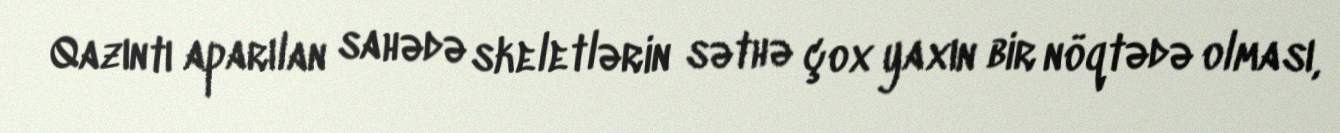
Qazıntı aparılan sahədə skeletlərin səthə çox yaxın bir nöqtədə olması,